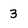
Character: 3